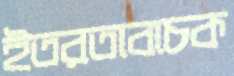
ইতরতাবাচক